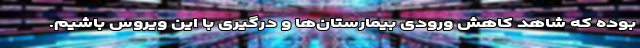
بوده که شاهد کاهش ورودی بیمارستان‌ها و درگیری با این ویروس باشیم.